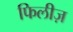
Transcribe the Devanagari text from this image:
फिलीज़